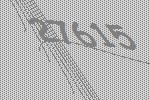
27615